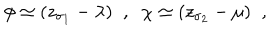
LaTeX: \phi \simeq ( z _ { \sigma _ { 1 } } - \lambda ) \; \; , \; \; \chi \simeq ( z _ { \sigma _ { 2 } } - \mu ) \; \; ,